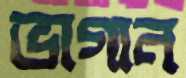
ভাগান